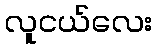
လူငယ်လေး